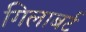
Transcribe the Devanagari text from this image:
गिलाबर्ट